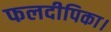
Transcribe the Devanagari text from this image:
फलदीपिका।